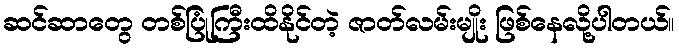
ဆင်ဆာတွေ တစ်ပြုံကြီးထိနိုင်တဲ့ ဇာတ်လမ်းမျိုး ဖြစ်နေလို့ပါတယ်။